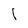
Character: 1